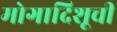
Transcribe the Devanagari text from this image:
मोगादिशूची